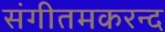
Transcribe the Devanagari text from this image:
संगीतमकरन्द